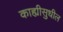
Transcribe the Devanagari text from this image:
काह्यीसुधील